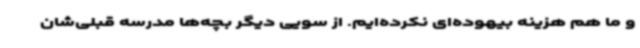
و ما هم هزینه بیهوده‌ای نکرده‌ایم. از سویی دیگر بچه‌ها مدرسه قبلی‌شان